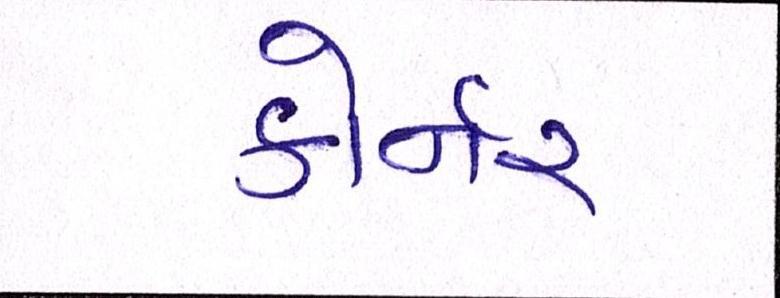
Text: કોર્નર